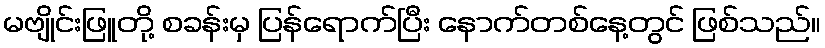
မဗျိုင်းဖြူတို့ စခန်းမှ ပြန်ရောက်ပြီး နောက်တစ်နေ့တွင် ဖြစ်သည်။